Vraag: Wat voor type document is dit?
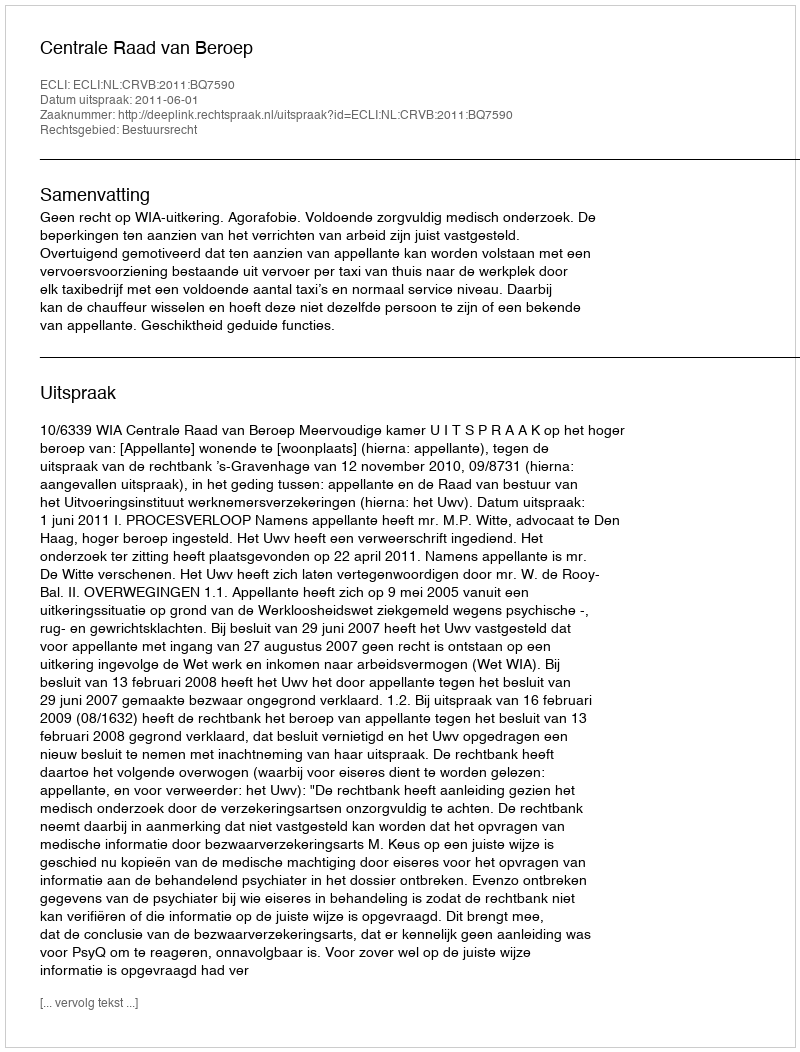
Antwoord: Uitspraak